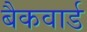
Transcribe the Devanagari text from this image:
बैकवार्ड